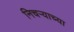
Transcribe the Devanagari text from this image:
निचर्‍याच्या